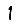
Digit: 1